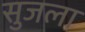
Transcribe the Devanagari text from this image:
सुजला